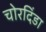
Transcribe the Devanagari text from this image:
चोरदिंडा